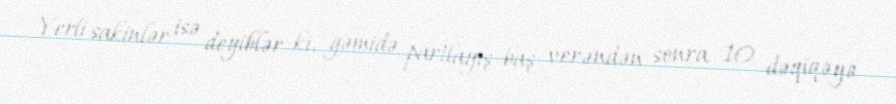
Yerli sakinlər isə deyiblər ki, gəmidə partlayış baş verəndən sonra 10 dəqiqəyə